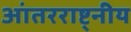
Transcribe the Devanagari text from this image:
आंतरराष्ट्नीय